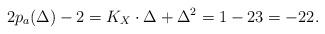
LaTeX: \begin{align*}2p_a(\Delta)-2=K_X\cdot \Delta +\Delta^2=1-23=-22.\end{align*}